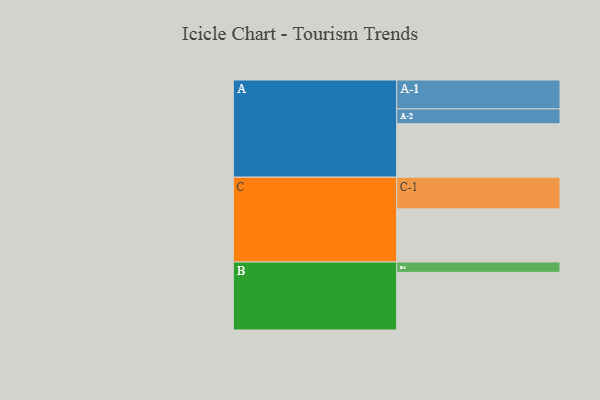
{"axis": {"x": "Segment", "y": "Value"}, "legend": ["", "A", "B", "C"], "data": [{"x": "A", "y": 476, "type": ""}, {"x": "B", "y": 513, "type": ""}, {"x": "C", "y": 473, "type": ""}, {"x": "A-1", "y": 257, "type": "A"}, {"x": "A-2", "y": 132, "type": "A"}, {"x": "B-1", "y": 92, "type": "B"}, {"x": "C-1", "y": 282, "type": "C"}]}